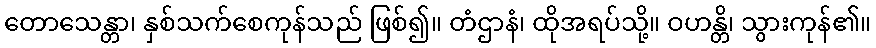
တောသေန္တာ၊ နှစ်သက်စေကုန်သည် ဖြစ်၍။ တံဌာနံ၊ ထိုအရပ်သို့။ ဝဟန္တိ၊ သွားကုန်၏။